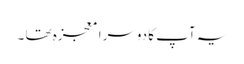
یہ آپ کا دوسرا معجزہ تھا ۔